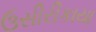
ઉસીરીકાયા